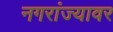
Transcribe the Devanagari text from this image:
नगरांज्यावर